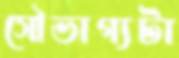
সৌভাগ্যটা